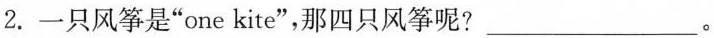
2. 一只风筝是”one kite”，那四只风筝呢? ___。